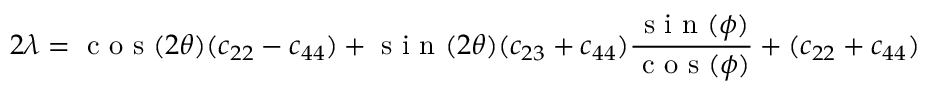
2 \lambda = \textrm { c o s } ( 2 \theta ) ( c _ { 2 2 } - c _ { 4 4 } ) + \textrm { s i n } ( 2 \theta ) ( c _ { 2 3 } + c _ { 4 4 } ) \frac { \textrm { s i n } ( \phi ) } { \textrm { c o s } ( \phi ) } + ( c _ { 2 2 } + c _ { 4 4 } )